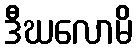
ဒီဃလောမိ